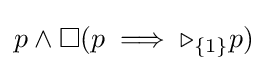
p\land \square (p\implies \triangleright _{\{1\}}p)